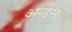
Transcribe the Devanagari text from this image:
अन्डेस